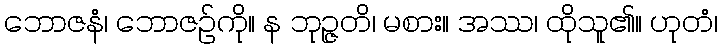
ဘောဇနံ၊ ဘောဇဉ်ကို။ န ဘုဉ္ဇတိ၊ မစား။ အဿ၊ ထိုသူ၏။ ဟုတံ၊